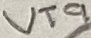
Text: VT9